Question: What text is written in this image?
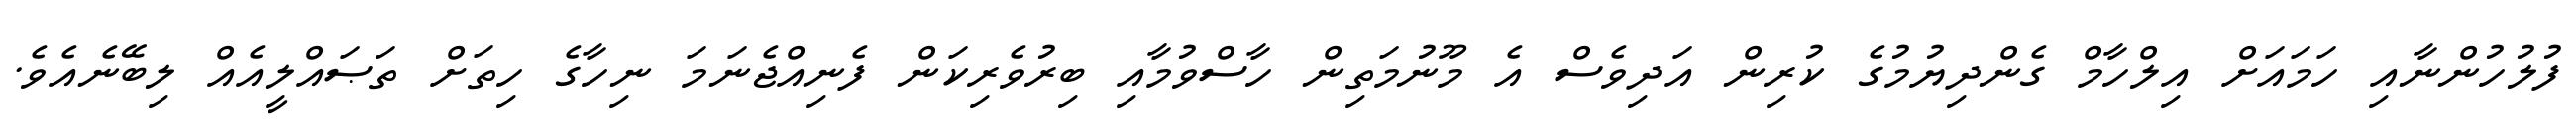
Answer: ފުލުހުންނާއި ހަމައަށް އިލްހާމް ގެންދިޔުމުގެ ކުރިން އަދިވެސް އެ މޫނުމަތިން ހާސްވުމާއި ބިރުވެރިކަން ފެނިއްޖެނަމަ ނިހާގެ ހިތަށް ތަޞައްލީއެއް ލިބޭނެއެވެ.